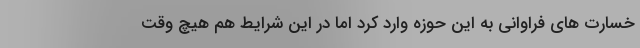
خسارت های فراوانی به این حوزه وارد کرد اما در این شرایط هم هیچ وقت